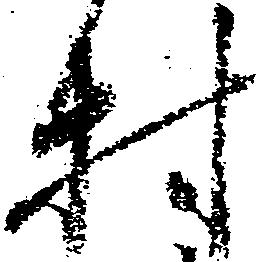
村